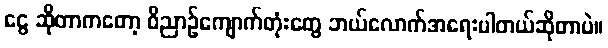
ငွေ ဆိုတာကတော့ ဝိညာဥ်ကျောက်တုံးတွေ ဘယ်လောက်အရေးပါတယ်ဆိုတာပဲ။